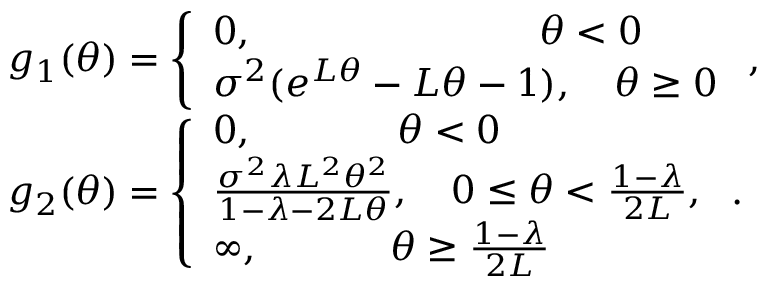
\begin{array} { r l } & { g _ { 1 } ( \theta ) = \left\{ \begin{array} { l l } { 0 , \qquad \qquad \qquad \quad \, \, \theta < 0 } \\ { \sigma ^ { 2 } ( e ^ { L \theta } - L \theta - 1 ) , \quad \theta \geq 0 } \end{array} \right. , } \\ & { g _ { 2 } ( \theta ) = \left\{ \begin{array} { l l } { 0 , \qquad \quad \, \, \, \, \theta < 0 } \\ { \frac { \sigma ^ { 2 } \lambda L ^ { 2 } \theta ^ { 2 } } { 1 - \lambda - 2 L \theta } , \quad 0 \leq \theta < \frac { 1 - \lambda } { 2 L } , } \\ { \infty , \qquad \quad \, \, \theta \geq \frac { 1 - \lambda } { 2 L } } \end{array} \right. . } \end{array}